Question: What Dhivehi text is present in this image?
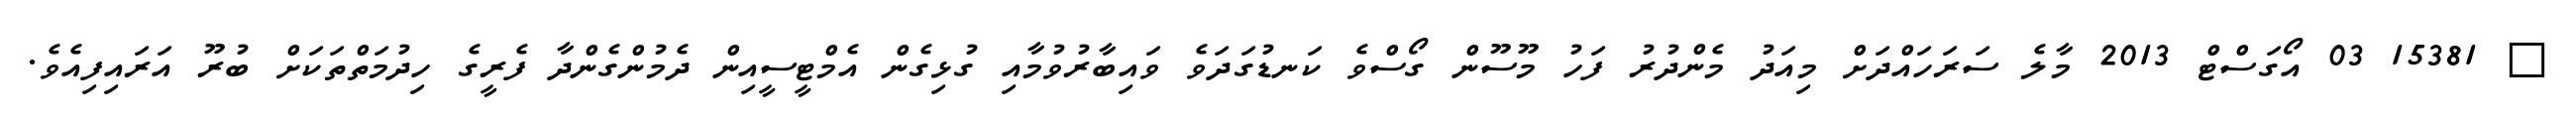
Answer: ? 15381 03 އޯގަސްޓް 2013 މާލެ ސަރަހައްދަށް މިއަދު މެންދުރު ފަހު މޫސޫން ގޯސްވެ ކަނޑުގަދަވެ ވައިބާރުވުމާއި ގުޅިގެން އެމްޓީސީއިން ދެމުންގެންދާ ފެރީގެ ހިދުމަތްތަކަށް ބުރޫ އަރައިފިއެވެ.